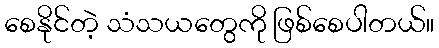
စေနိုင်တဲ့ သံသယတွေကို ဖြစ်စေပါတယ်။